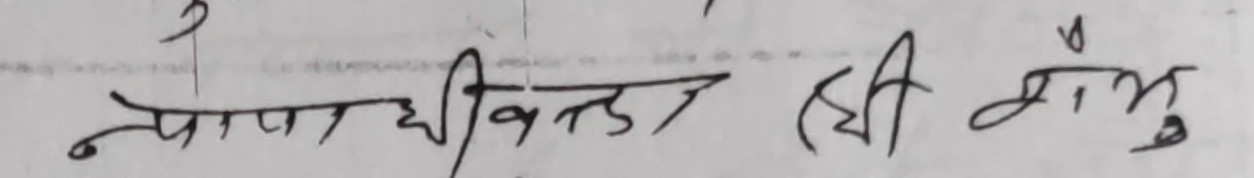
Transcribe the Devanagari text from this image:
नपाविन्तु श्री शंभु